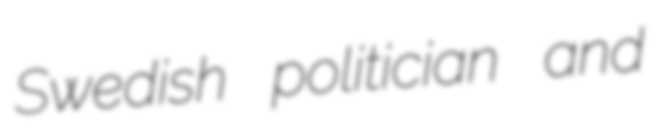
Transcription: Swedish politician and